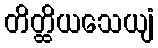
တိတ္ထိယသေယျံ